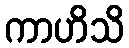
ကာဟိသိ